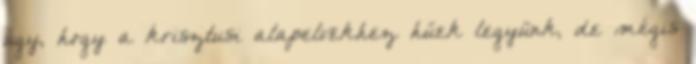
úgy, hogy a krisztusi alapelvekhez hűek legyünk, de mégis